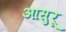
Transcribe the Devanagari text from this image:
आसुरू